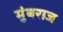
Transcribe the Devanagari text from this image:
मुंबराज